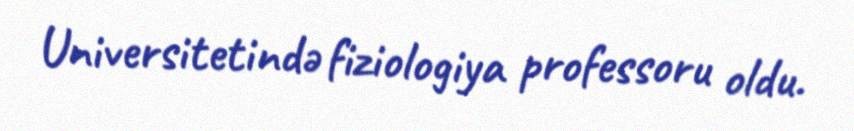
Universitetində fiziologiya professoru oldu.